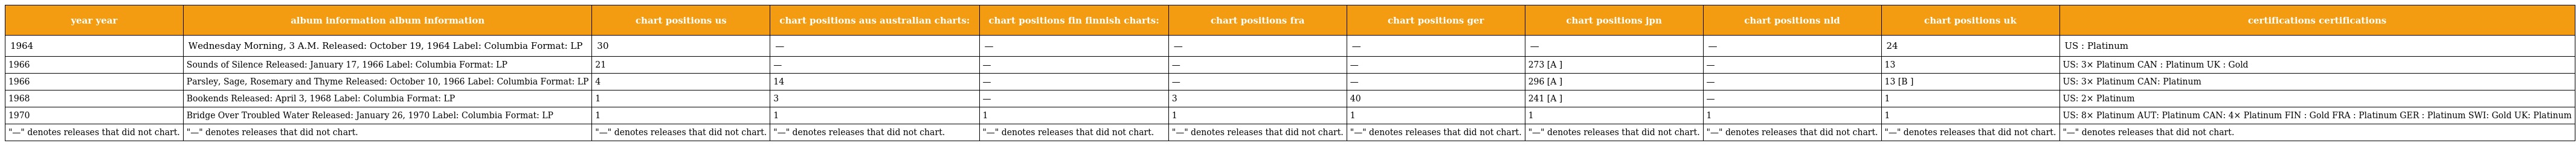
| year year | album information album information | chart positions us | chart positions aus australian charts: | chart positions fin finnish charts: | chart positions fra | chart positions ger | chart positions jpn | chart positions nld | chart positions uk | certifications certifications |
 | --- | --- | --- | --- | --- | --- | --- | --- | --- | --- | --- |
 | 1964 | Wednesday Morning, 3 A.M. Released: October 19, 1964 Label: Columbia Format: LP | 30 | — | — | — | — | — | — | 24 | US : Platinum |
 | 1966 | Sounds of Silence Released: January 17, 1966 Label: Columbia Format: LP | 21 | — | — | — | — | 273 [A ] | — | 13 | US: 3× Platinum CAN : Platinum UK : Gold |
 | 1966 | Parsley, Sage, Rosemary and Thyme Released: October 10, 1966 Label: Columbia Format: LP | 4 | 14 | — | — | — | 296 [A ] | — | 13 [B ] | US: 3× Platinum CAN: Platinum |
 | 1968 | Bookends Released: April 3, 1968 Label: Columbia Format: LP | 1 | 3 | — | 3 | 40 | 241 [A ] | — | 1 | US: 2× Platinum |
 | 1970 | Bridge Over Troubled Water Released: January 26, 1970 Label: Columbia Format: LP | 1 | 1 | 1 | 1 | 1 | 1 | 1 | 1 | US: 8× Platinum AUT: Platinum CAN: 4× Platinum FIN : Gold FRA : Platinum GER : Platinum SWI: Gold UK: Platinum |
 | "—" denotes releases that did not chart. | "—" denotes releases that did not chart. | "—" denotes releases that did not chart. | "—" denotes releases that did not chart. | "—" denotes releases that did not chart. | "—" denotes releases that did not chart. | "—" denotes releases that did not chart. | "—" denotes releases that did not chart. | "—" denotes releases that did not chart. | "—" denotes releases that did not chart. | "—" denotes releases that did not chart. |